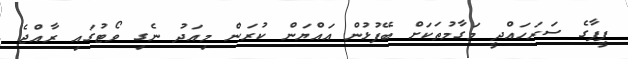
ފީފާގެ ސަރަހައްދީ މަގާމުތަކަށް ބޭފުޅުން އައްޔަން ކުރަން މިއަދު ނެގި ވޯޓުގައި ރާއްޖެ